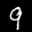
Label: 9